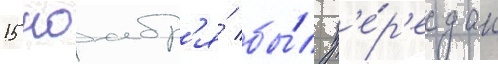
15 ноабр'я́ бы́л п'е́р'едан